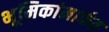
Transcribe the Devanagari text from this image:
भूमिकांमार्फत